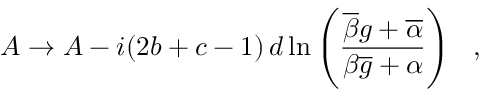
A \rightarrow A - i ( 2 b + c - 1 ) \, d \ln \left( \frac { \overline { { { \beta } } } g + \overline { { { \alpha } } } } { \beta \overline { { { g } } } + \alpha } \right) ~ ~ ,